Treatise on elephants
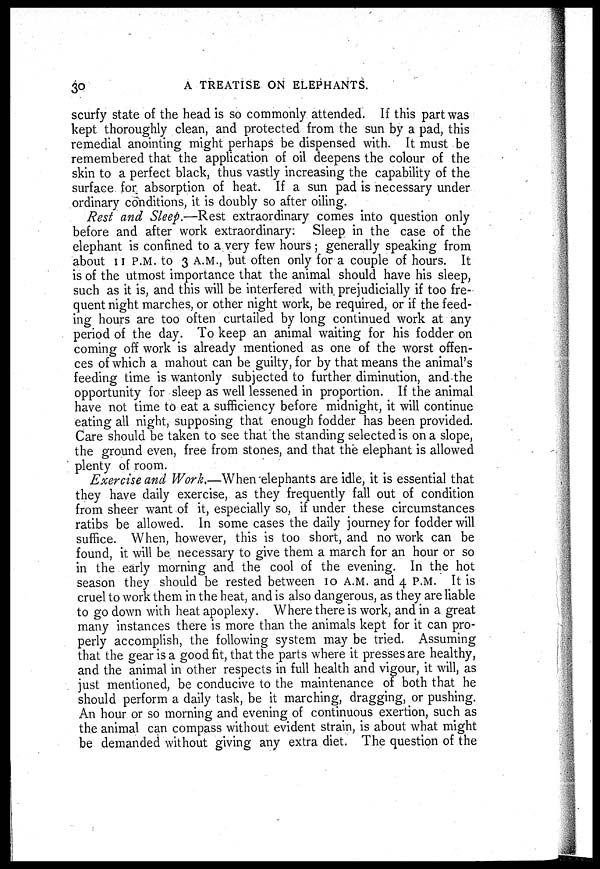
30
A TREATISE ON ELEPHANTS.
scurfy state of the head is so commonly attended. If this part was
kept thoroughly clean, and protected from the sun by a pad, this
remedial anointing might perhaps be dispensed with. It must be
remembered that the application of oil deepens the colour of the
skin to a perfect black, thus vastly increasing the capability of the
surface for absorption of heat. If a sun pad is necessary under
ordinary conditions, it is doubly so after oiling.
Rest and Sleep.—Rest extraordinary comes into question only
before and after work extraordinary: Sleep in the case of the
elephant is confined to a very few hours ; generally speaking from
about 11 P.M. to 3 A.M., but often only for a couple of hours. It
is of the utmost importance that the animal should have his sleep,
such as it is, and this will be interfered with prejudicially if too fre-
quent night marches, or other night work, be required, or if the feed-
ing hours are too often curtailed by long continued work at any
period of the day. To keep an animal waiting for his fodder on
coming off work is already mentioned as one of the worst offen-
ces of which a mahout can be guilty, for by that means the animal's
feeding time is wantonly subjected to further diminution, and the
opportunity for sleep as well lessened in proportion. If the animal
have not time to eat a sufficiency before midnight, it will continue
eating all night, supposing that enough fodder has been provided.
Care should be taken to see that the standing selected is on a slope,
the ground even, free from stones, and that the elephant is allowed
plenty of room.
Exercise and Work.—When elephants are idle, it is essential that
they have daily exercise, as they frequently fall out of condition
from sheer want of it, especially so, if under these circumstances
ratibs be allowed. In some cases the daily journey for fodder will
suffice. When, however, this is too short, and no work can be
found, it will be necessary to give them a march for an hour or so
in the early morning and the cool of the evening. In the hot
season they should be rested between 10 A.M. and 4 P.M. It is
cruel to work them in the heat, and is also dangerous, as they are liable
to go down with heat apoplexy. Where there is work, and in a great
many instances there is more than the animals kept for it can pro-
perly accomplish, the following system may be tried. Assuming
that the gear is a good fit, that the parts where it presses are healthy,
and the animal in other respects in full health and vigour, it will, as
just mentioned, be conducive to the maintenance of both that he
should perform a daily task, be it marching, dragging, or pushing.
An hour or so morning and evening of continuous exertion, such as
the animal can compass without evident strain, is about what might
be demanded without giving any extra diet. The question of the